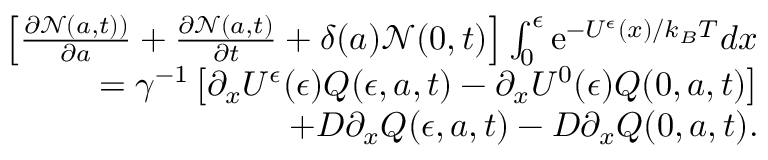
\begin{array} { r l r } & { } & { \left[ \frac { \partial { \mathcal N } ( a , t ) ) } { \partial a } + \frac { \partial { \mathcal N } ( a , t ) } { \partial t } + \delta ( a ) { \mathcal N } ( 0 , t ) \right] \int _ { 0 } ^ { \epsilon } { \mathrm e } ^ { - U ^ { \epsilon } ( x ) / k _ { B } T } d x } \\ & { } & { = \gamma ^ { - 1 } \left[ \partial _ { x } U ^ { \epsilon } ( \epsilon ) Q ( \epsilon , a , t ) - \partial _ { x } U ^ { 0 } ( \epsilon ) Q ( 0 , a , t ) \right] } \\ & { } & { \quad + D \partial _ { x } Q ( \epsilon , a , t ) - D \partial _ { x } Q ( 0 , a , t ) . } \end{array}